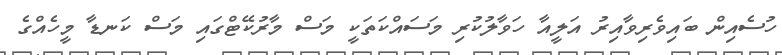
ހުސެއިން ބައިވެރިވާއިރު އަލީއާ ހަވާލުކުރި މަސައްކަތަކީ މަސް މާރުކޭޓްގައި މަސް ކަނޑާ މީހެއްގެ